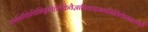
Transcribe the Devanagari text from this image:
जर्मनीकेविभिन्नशेहेरोंकेवैज्ञानिकइससमितिकेसदस्यहैं